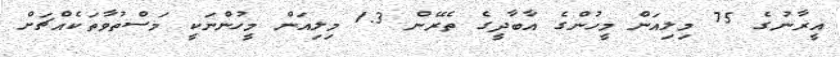
އީރާނުގެ 75 މިލިއަން މީހުންގެ އާބާދީގެ ތެރޭން 1.3 މިލިއަން މީހުންނަކީ މަސްތުވާތަކެއްޗަށް